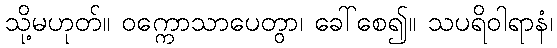
သို့မဟုတ်။ ဝက္ကောသာပေတွာ၊ ခေါ်စေ၍။ သပရိဝါရာနံ၊